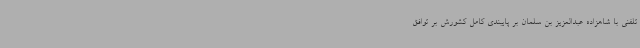
تلفنی با شاهزاده عبدالعزیز بن سلمان بر پایبندی کامل کشورش بر توافق